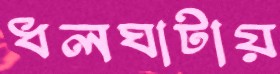
ধলঘাটায়